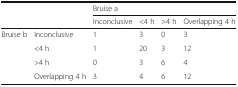
| <ROWSPAN=2-COLSPAN=2>  | <COLSPAN=4> Bruise a |
 | Inconclusive | <4 h | >4 h | Overlapping 4 h |
 | --- | --- | --- | --- | --- | --- |
 | <ROWSPAN=4> Bruise b | Inconclusive | 1 | 3 | 0 | 3 |
 | <4 h | 1 | 20 | 3 | 12 |
 | >4 h | 0 | 3 | 6 | 4 |
 | Overlapping 4 h | 3 | 4 | 6 | 12 |